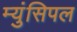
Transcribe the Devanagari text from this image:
म्युंसिपल